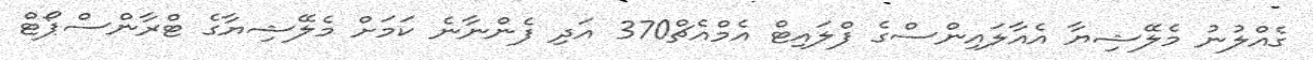
ގެއްލުނު މެލޭޝިޔާ އެއާލައިންސްގެ ފްލައިޓް އެމްއެޗް370 އަދި ފެންނާނެ ކަމަށް މެލޭޝިޔާގެ ޓްރާންސްޕޯޓް